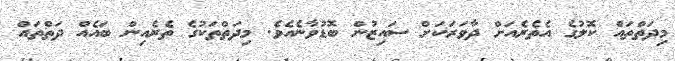
މިދަތްތައް ކޮލުގެ އެތެރެއަށް ދާވަރަކަށް ސައިޒުން ބޮޑުވާނެއެވެ. މިދަތްތަކުގެ ތެރެއިން ބައެއް ދަތްތައް